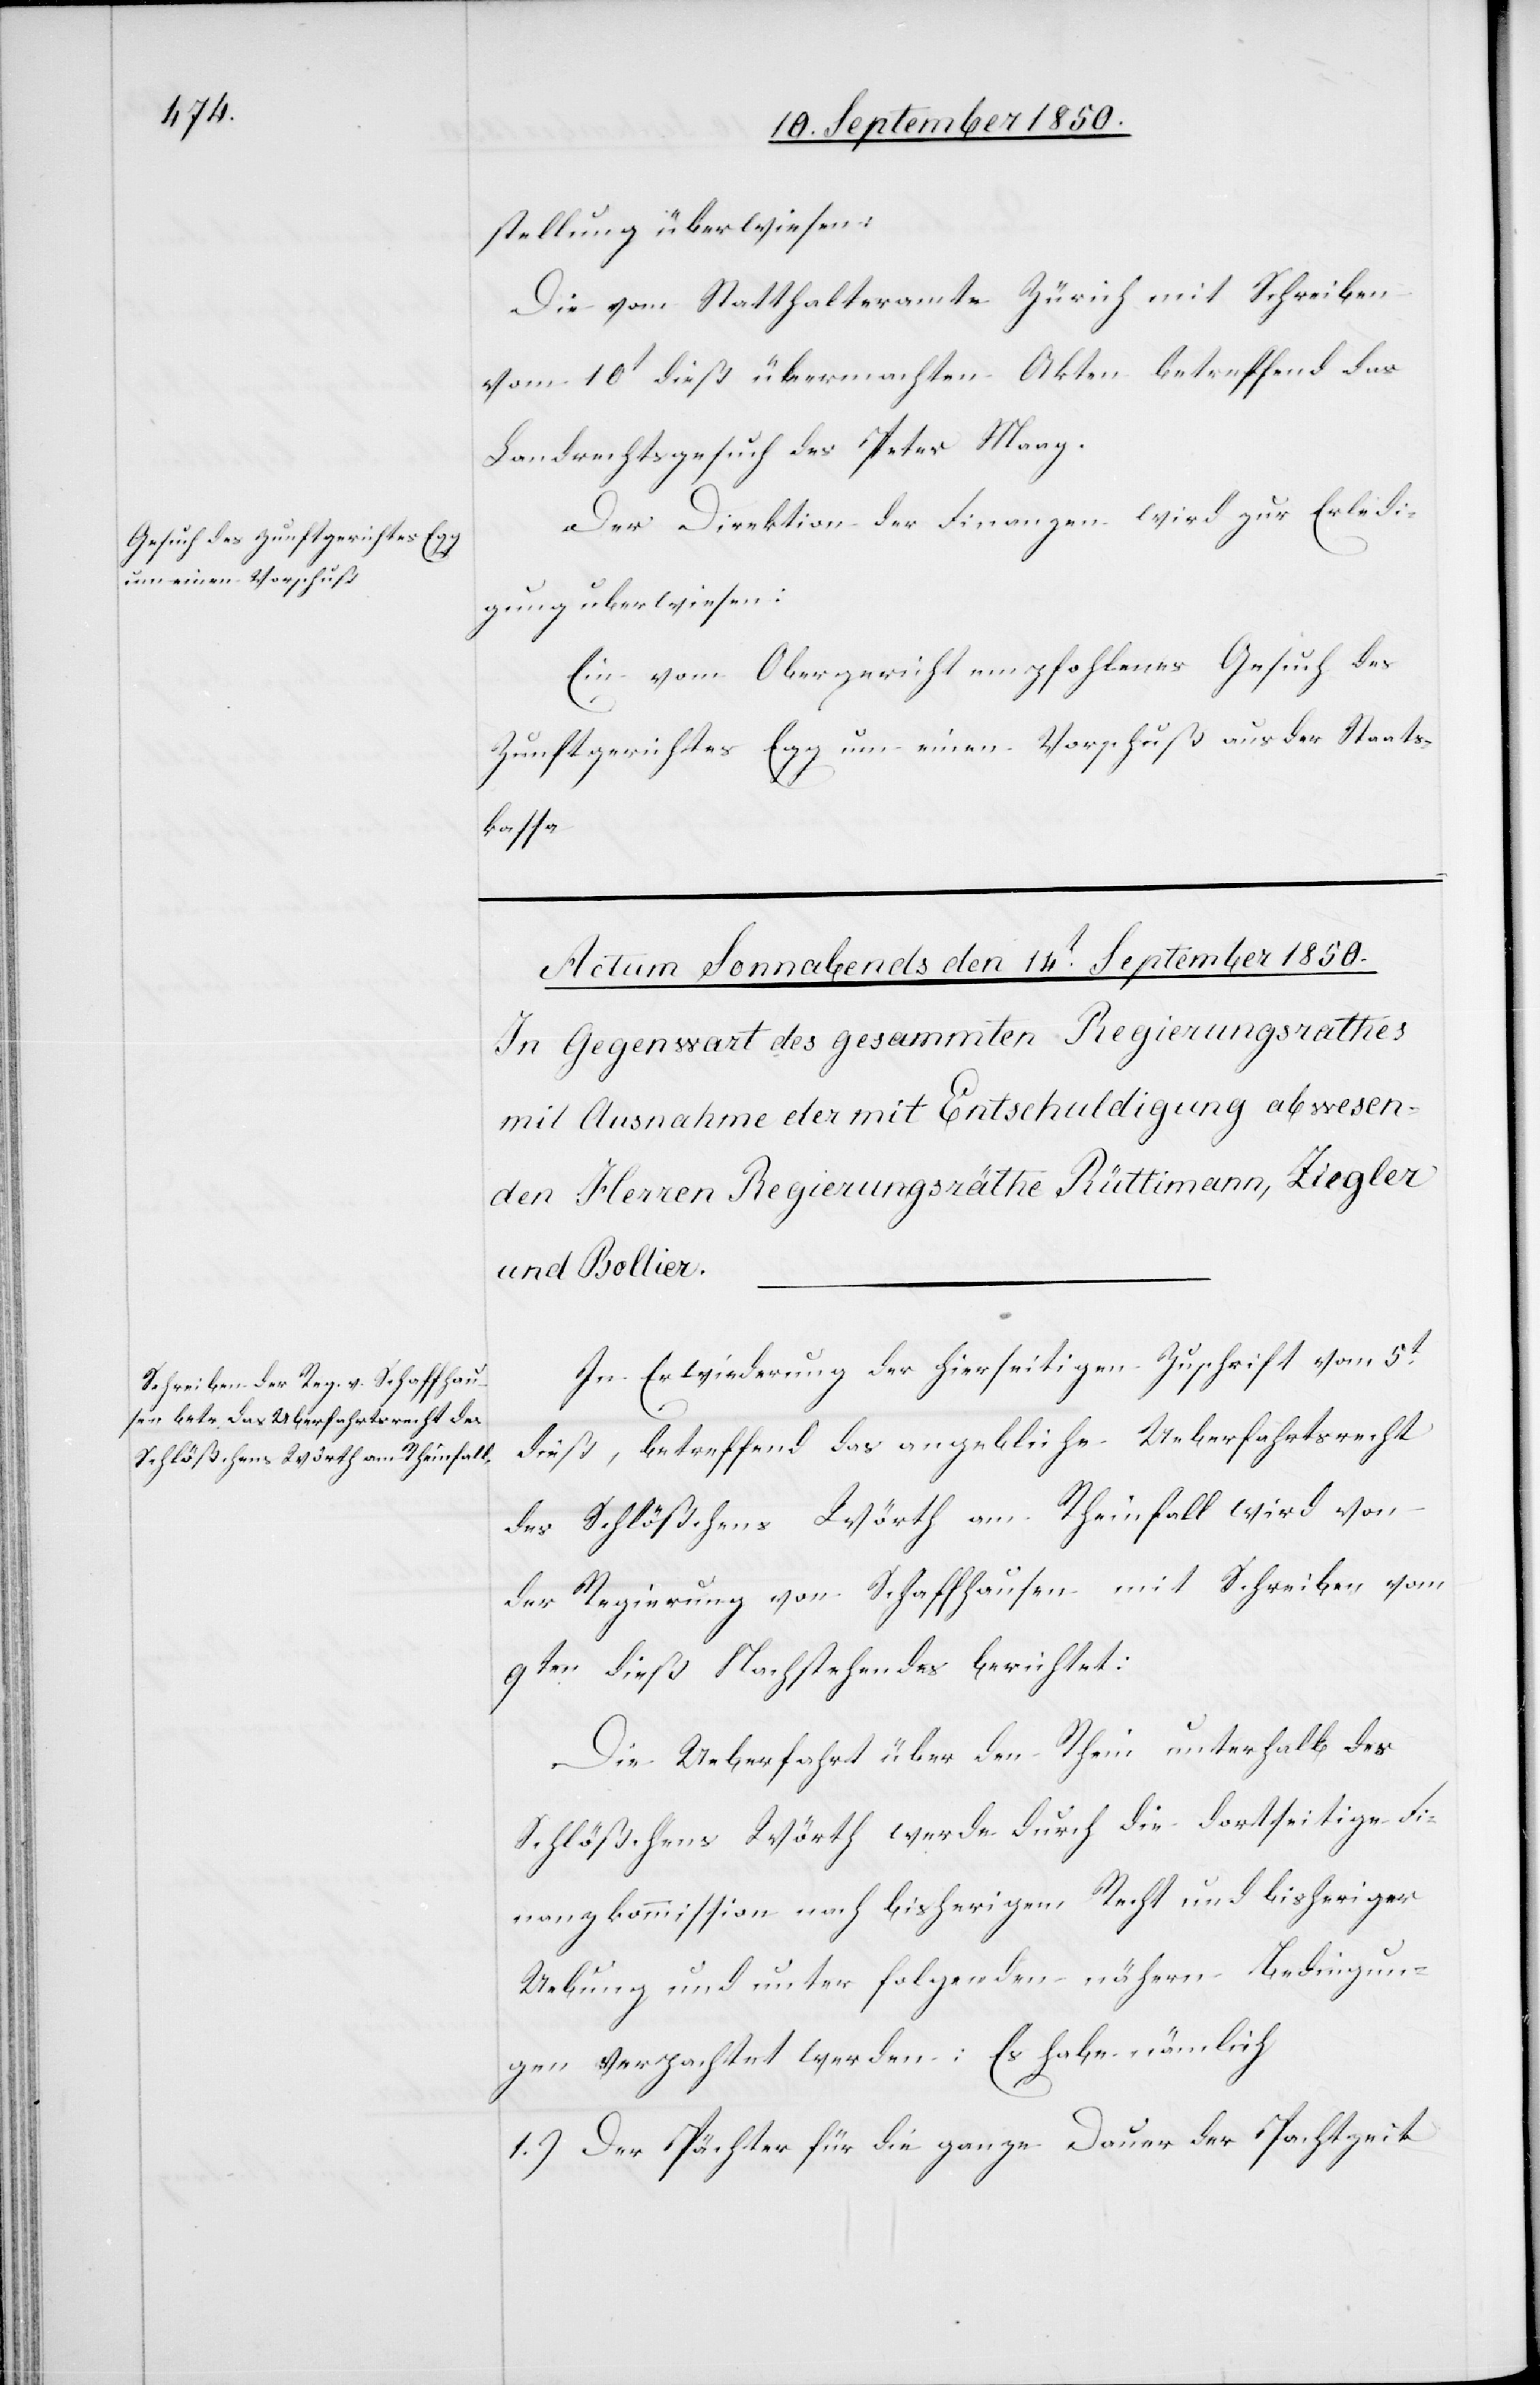
stellung überwiesen:
Die vom Statthalteramte Zürich mit Schreiben
vom 10t dieß übermachten Akten betreffend das
Landrechtsgesuch des Peter Maag.
Der Direktion der Finanzen wird zur Erledi¬
gung überwiesen:
Ein vom Obergericht empfohlenes Gesuch des
Zunftgerichtes Egg um einen Vorschuß aus der Staats¬
kassa.
In Erwiederung der hierseitigen Zuschrift vom 5t
dieß, betreffend das angebliche Ueberfahrtsrecht
des Schlößchens Wörth am Rheinfall wird von
der Regierung von Schaffhausen mit Schreiben vom
9ten dieß Nachstehendes berichtet:
Die Ueberfahrt über den Rhein unterhalb des
Schlößchens Wörth werde durch die dortseitige Fi¬
nanzkommission nach bisherigem Recht und bisheriger
Uebung und unter folgenden nähern Bedingun¬
gen verpachtet werden: Es habe nämlich
1.) Der Pächter für die ganze Dauer der Pachtzeit